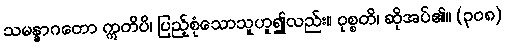
သမန္နာဂတော ဣတိပိ၊ ပြည့်စုံသောသူဟူ၍လည်း။ ဝုစ္စတိ၊ ဆိုအပ်၏။ (၃၀၈)